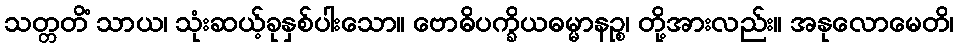
သတ္တတိံ သာယ၊ သုံးဆယ့်ခုနှစ်ပါးသော။ ဗောဓိပက္ခိယဓမ္မာနဉ္စ၊ တို့အားလည်း။ အနုလောမေတိ၊